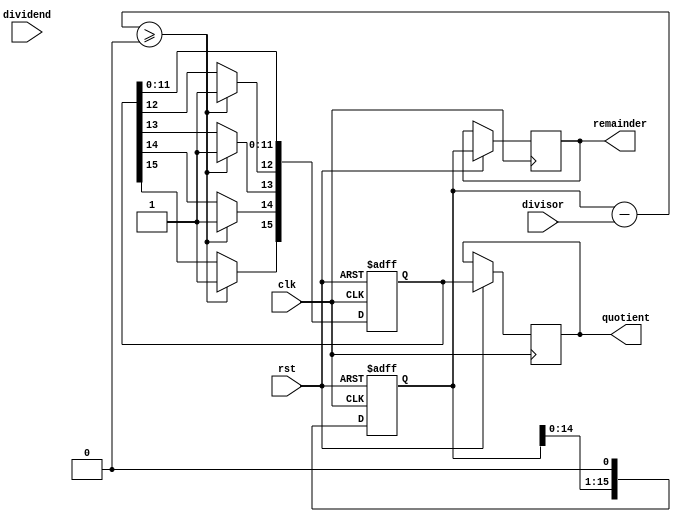
module radix_2_srt_divider(
    input wire clk,
    input wire rst,
    input wire [15:0] dividend,
    input wire [15:0] divisor,
    output reg [15:0] quotient,
    output reg [15:0] remainder
);

reg [15:0] temp_dividend;
reg [15:0] temp_remainder;
reg [3:0] shift_count;
reg [15:0] temp_quotient;
reg [15:0] subtract_result;

always @(posedge clk or negedge rst) begin
    if (rst == 1'b0) begin
        temp_dividend <= 16'h0000;
        temp_remainder <= 16'h0000;
        shift_count <= 4'b0000;
        temp_quotient <= 16'h0000;
    end else begin
        temp_dividend <= dividend;
        temp_remainder <= temp_dividend;
        
        for (shift_count = 0; shift_count < 4; shift_count = shift_count + 1) begin
            subtract_result = temp_remainder - divisor;
            if (subtract_result >= 0) begin
                temp_quotient[15 - shift_count] <= 1'b1;
                temp_remainder <= subtract_result;
            end
            temp_remainder <= temp_remainder << 1;
        end
        
        quotient <= temp_quotient;
        remainder <= temp_remainder;
    end
end

endmodule